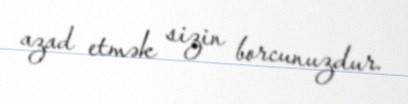
azad etmək sizin borcunuzdur.